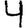
Digit: 4